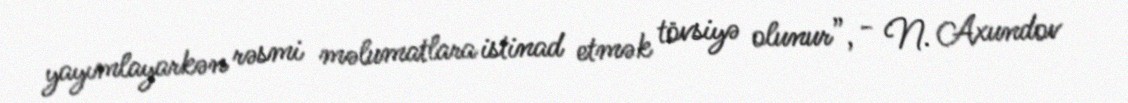
yayımlayarkən rəsmi məlumatlara istinad etmək tövsiyə olunur”, - N. Axundov